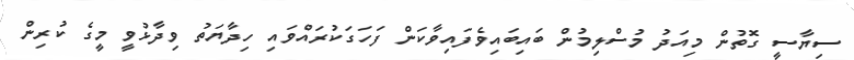
ސިޔާސީ ގޮތުން މިއަދު މުސްލިމުން ބައިބައިވެފައިވާކަން ފަހަގަކުރައްވައި ހިދާޔަތު ވިދާޅުވީ މީގެ ކުރިން